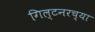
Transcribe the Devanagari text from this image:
गिल्टनरच्या